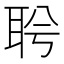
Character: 𦕞